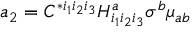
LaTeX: a _ { 2 } = C ^ { * i _ { 1 } i _ { 2 } i _ { 3 } } H _ { i _ { 1 } i _ { 2 } i _ { 3 } } ^ { a } \sigma ^ { b } \mu _ { a b }